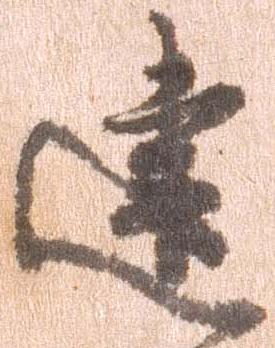
建